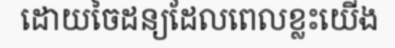
ដោយចៃដន្យដែលពេលខ្លះយើង